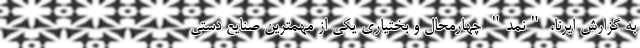
به گزارش ایرنا، "نمد" چهارمحال و بختیاری یکی از مهمترین صنایع دستی